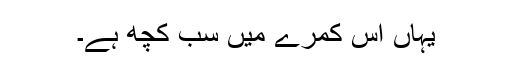
یہاں اس کمرے میں سب کچھ ہے۔